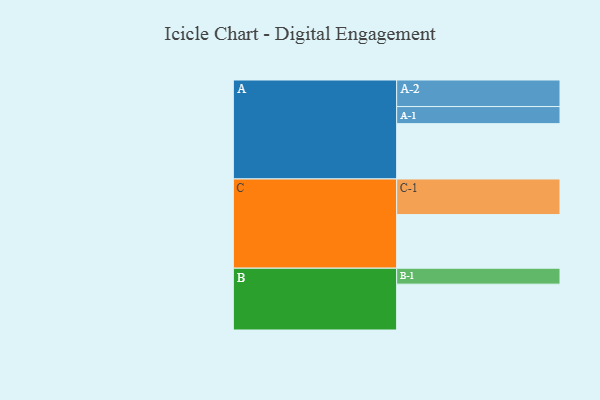
{"axis": {"x": "Segment", "y": "Value"}, "legend": ["", "A", "B", "C"], "data": [{"x": "A", "y": 427, "type": ""}, {"x": "B", "y": 354, "type": ""}, {"x": "C", "y": 414, "type": ""}, {"x": "A-1", "y": 132, "type": "A"}, {"x": "A-2", "y": 205, "type": "A"}, {"x": "B-1", "y": 123, "type": "B"}, {"x": "C-1", "y": 275, "type": "C"}]}